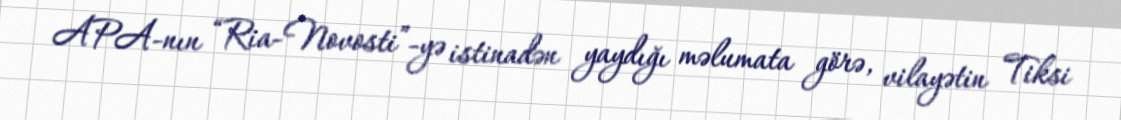
APA-nın “Ria-Novosti”-yə istinadən yaydığı məlumata görə, vilayətin Tiksi